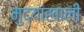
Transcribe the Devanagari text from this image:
मुद्यांखाली